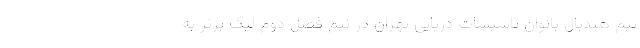
تیم هندبال بانوان تاسیسات دریایی تهران در نیم فصل دوم لیگ برتر به